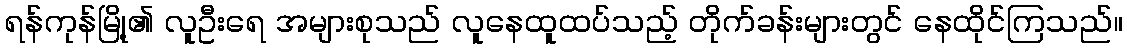
ရန်ကုန်မြို့၏ လူဦးရေ အများစုသည် လူနေထူထပ်သည့် တိုက်ခန်းများတွင် နေထိုင်ကြသည်။